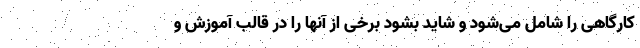
کارگاهی را شامل می‌شود و شاید بشود برخی از آنها را در قالب آموزش و